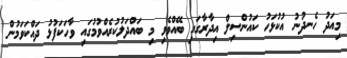
މިއަދު ހެނދުނު އުކުޅަހު ކައުންސިލް އިދާރާގައި ބޭއްވެވި މި ބައްދަލުކުރެއްވުމުގައި ވާހަކަފުޅު ދައްކަވަމުން